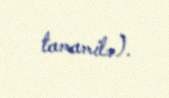
tamamilə).